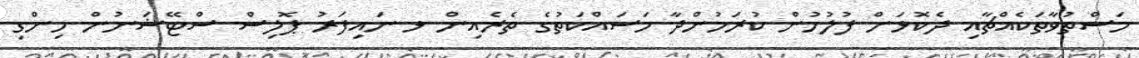
މަސްތުވާތަކެއްޗާއި ދެކޮޅަށް ފުލުހުން ކުރަމުންދާ މަސައްކަތުގެ ތެރެއިން ޅ.ނައިފަރު ޕޮލިސް ސްޓޭޝަނުން ހިންގި